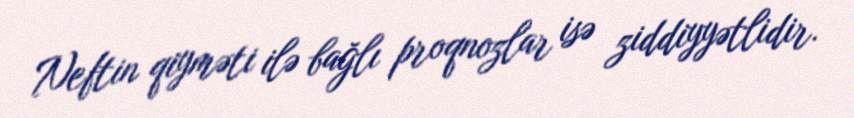
Neftin qiyməti ilə bağlı proqnozlar isə ziddiyyətlidir.